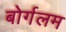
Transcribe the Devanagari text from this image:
बोर्गलम